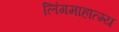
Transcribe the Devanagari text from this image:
लिंगमाहात्म्य